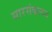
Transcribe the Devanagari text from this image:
सारसंकलन